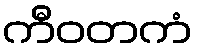
ကီဝတကံ